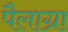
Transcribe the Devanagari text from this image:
पैलाग्रा